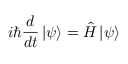
i \hbar { \frac { d } { d t } } \left| \psi \right\rangle = { \hat { H } } \left| \psi \right\rangle